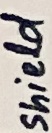
Text: shield